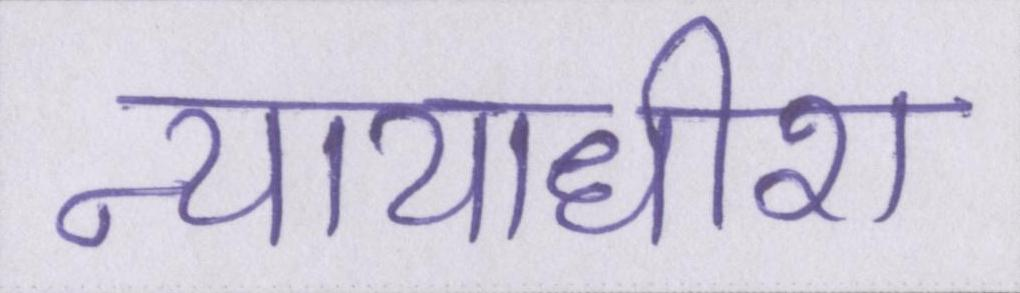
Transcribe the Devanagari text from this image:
न्यायाधीश